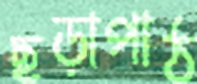
ছড়াপাঠ